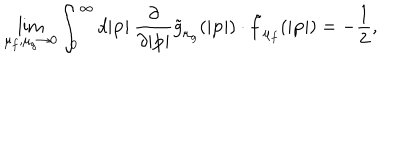
\lim _ { \mu _ { f } , \mu _ { g } \to 0 } \int _ { 0 } ^ { \infty } d | { \bf p } | \: \frac { \partial } { \partial | { \bf p } | } { \tilde { g } } _ { { \mu } _ { g } } ( | { \bf p } | ) \cdot { \tilde { f } } _ { { \mu } _ { f } } ( | { \bf p } | ) = - \frac { 1 } { 2 } ,